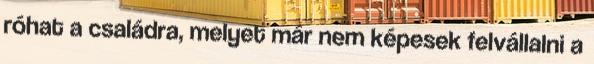
róhat a családra, melyet már nem képesek felvállalni a